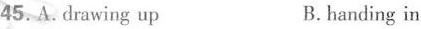
45. A.drawing up B.handing in